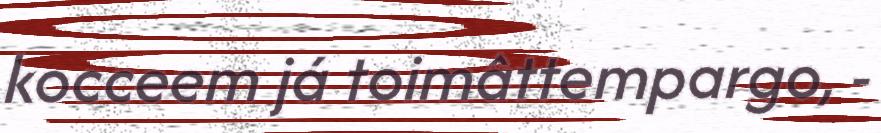
kocceem já toimâttempargo, -